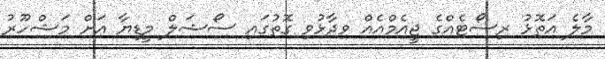
މާލެ އަތޮޅު ރިސޯޓެއްގެ ޖީއެމްއެއް ވިދާޅުވި ގޮތުގައި ސޯޝަލް މީޑިޔާ އަށް މަޝްހޫރު